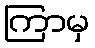
ကြာမှ